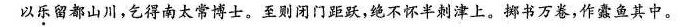
以乐留都山川，乞得南太常博士，至则闭门距跃，绝不怀半刺津上。挪书万卷，作蠹鱼其中。